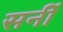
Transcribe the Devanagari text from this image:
सर्नी